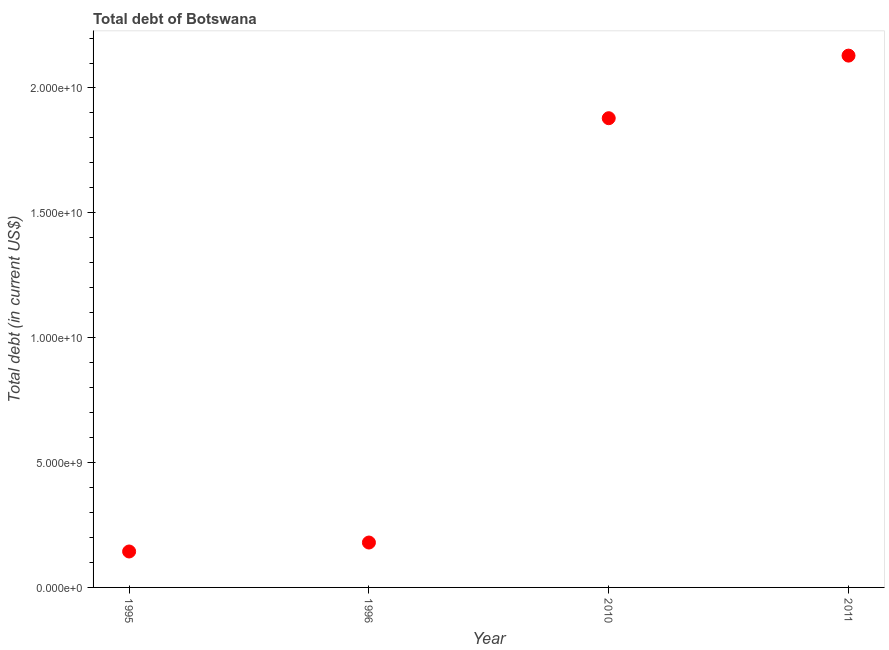
| Year | Central government debt |
 | --- | --- |
 | 1995 | 1.44e+09 |
 | 1996 | 1.8e+09 |
 | 2010 | 1.88e+10 |
 | 2011 | 2.13e+10 |